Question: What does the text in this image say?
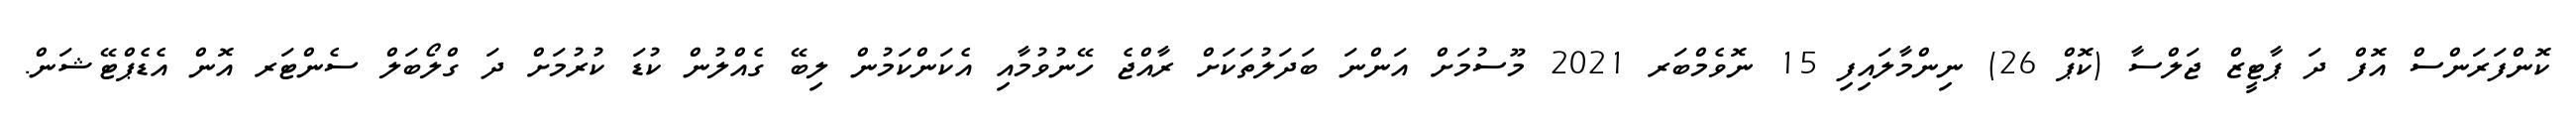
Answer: ކޮންފަރަންސް އޮފް ދަ ޕާޓީޒް ޖަލްސާ (ކޮޕް 26) ނިންމާލައިފި 15 ނޮވެމްބަރ 2021 މޫސުމަށް އަންނަ ބަދަލުތަކަށް ރާއްޖެ ހޭނުވުމާއި އެކަންކަމުން ލިބޭ ގެއްލުން ކުޑަ ކުރުމަށް ދަ ގްލޯބަލް ސެންޓަރ އޮން އެޑެޕްޓޭޝަން.